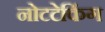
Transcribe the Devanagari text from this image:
नोटटेकिंग